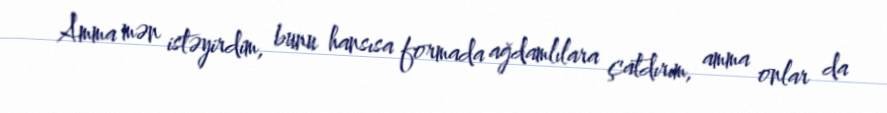
Amma mən istəyirdim, bunu hansısa formada ağdamlılara çatdırım, amma onlar da